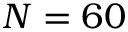
N = 6 0